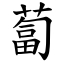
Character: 蔔